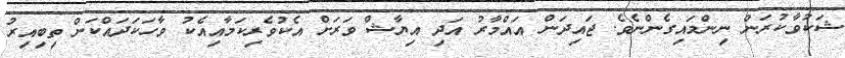
ޝަކުވާކުރަން ނިންމައިގެންނެވެ. ޖައިދަން އައްމާރު އަދި އިޔާޝް ވަރަށް އެކުވެރިކަމާއިއެކު ވާހަކަދައްކަން ތިބިއިރު